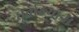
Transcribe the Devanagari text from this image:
धूर्ताख्यान।